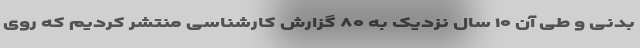
بدنی و طی آن ۱۰ سال نزدیک به ۸۰ گزارش کارشناسی منتشر کردیم که روی